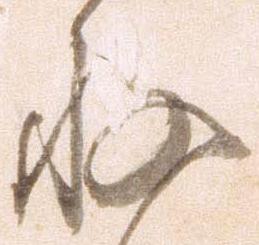
存